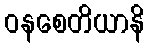
ဝနစေတိယာနိ